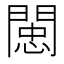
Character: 𨵖